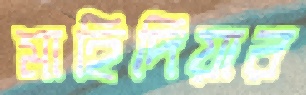
মাহিদিয়ার